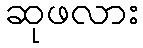
ဆုဖလား